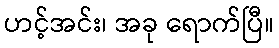
ဟင့်အင်း၊ အခု ရောက်ပြီ။